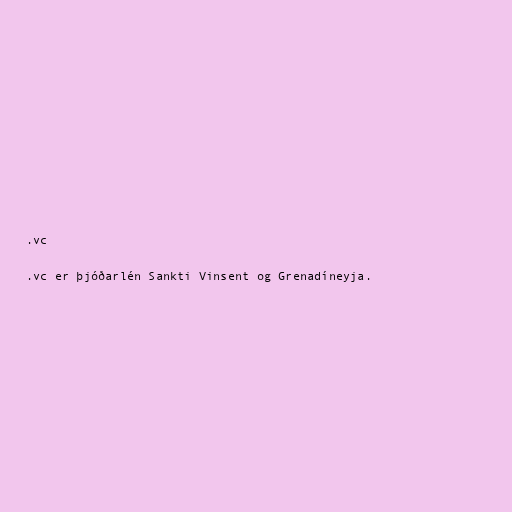
.vc

.vc er þjóðarlén Sankti Vinsent og Grenadíneyja.